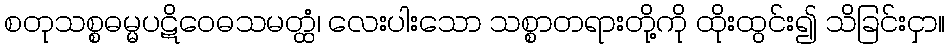
စတုသစ္စဓမ္မပဋိဝေဓသမတ္ထံ၊ လေးပါးသော သစ္စာတရားတို့ကို ထိုးထွင်း၍ သိခြင်းငှာ။